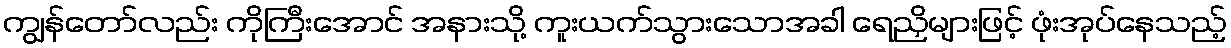
ကျွန်တော်လည်း ကိုကြီးအောင် အနားသို့ ကူးယက်သွားသောအခါ ရေညှိများဖြင့် ဖုံးအုပ်နေသည့်